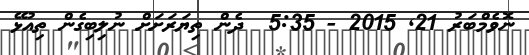
ނޮވެމްބަރު 21